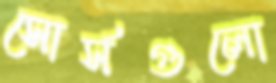
সোর্সগুলো